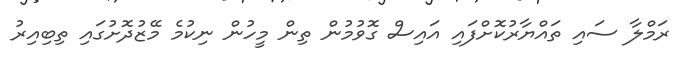
ރަމްލާ ސައި ތައްޔާރުކޮށްފައި އައިސް ގޮވުމުން ތިން މީހުން ނިކުމެ މޭޒުދޮށުގައި ތިބިއިރު